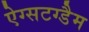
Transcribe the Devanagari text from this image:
ऐग्सटग्डैम